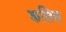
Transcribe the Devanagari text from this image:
कसिस